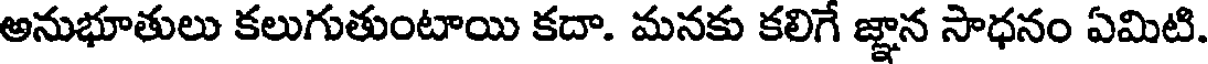
అనుభూతులు కలుగుతుంటాయి కదా. మనకు కలిగే జ్ఞాన సాధనం ఏమిటి.